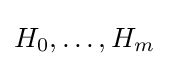
H_{0},\ldots ,H_{m}